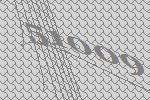
51009